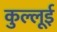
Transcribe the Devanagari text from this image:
कुल्लूई